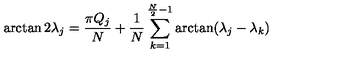
\arctan 2 \lambda _ { j } = \frac { \pi Q _ { j } } { N } + \frac { 1 } { N } \sum _ { k = 1 } ^ { \frac { N } { 2 } - 1 } \arctan ( \lambda _ { j } - \lambda _ { k } )